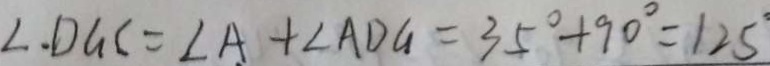
\angle . D G C = \angle A + \angle A D G = 3 5 ^ { \circ } + 9 0 ^ { \circ } = 1 2 5